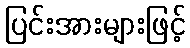
ပြင်းအားများဖြင့်